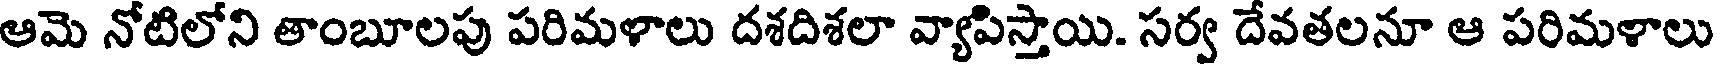
ఆమె నోటిలోని తాంబూలపు పరిమళాలు దశదిశలా వ్యాపిస్తాయి. సర్వ దేవతలనూ ఆ పరిమళాలు